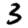
Digit: 3